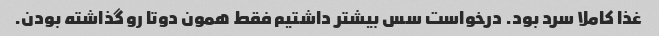
غذا کاملا سرد بود. درخواست سس بیشتر داشتیم فقط همون دوتا رو گذاشته بودن.